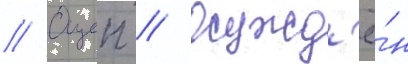
// Оцеп // Осужд'ё́н